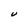
Character: V